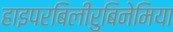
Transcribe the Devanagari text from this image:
हाइपरबिलीरुबिनेमिया